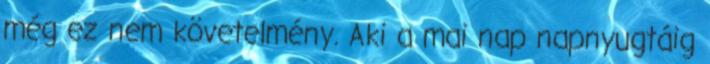
még ez nem követelmény. Aki a mai nap napnyugtáig